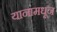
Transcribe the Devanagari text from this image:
यानामधून